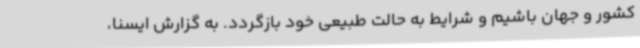
کشور و جهان باشیم و شرایط به حالت طبیعی خود بازگردد. به گزارش ایسنا،